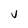
Character: V